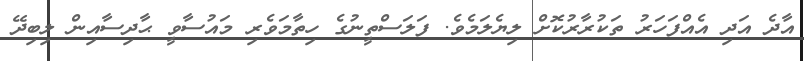
އާދެ އަދި އެއްފަހަރު ތަކުރާރުކޮށް ލިޔެލަމެވެ. ފަލަސްތީނުގެ ހިތާމަވެރި މައުސާވީ ޙާދިސާއިން ލިބިދޭ